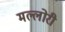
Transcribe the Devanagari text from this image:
मल्लोरी